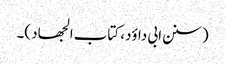
(سنن ابی داؤد، کتاب الجھاد )۔